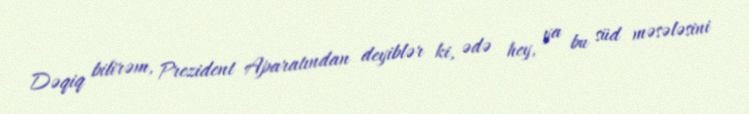
Dəqiq bilirəm, Prezident Aparatından deyiblər ki, ədə hey, ya bu süd məsələsini